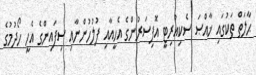
ޙާލަތް ތަކުގައި ޚާއްޞަ ސެކިއުރިޓީ އޮފިސަރުންގެ އެހީއާއި ފުލުހުންނާއި ސިފައިންގެ އެހީ ހޯދުމުގެ